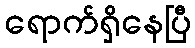
ရောက်ရှိနေပြီ